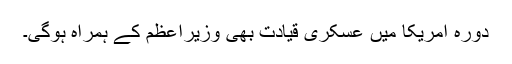
دورہ امریکا میں عسکری قیادت بھی وزیراعظم کے ہمراہ ہوگی۔